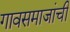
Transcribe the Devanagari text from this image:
गावसमाजांची